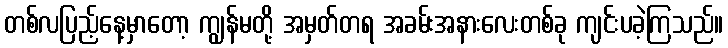
တစ်လပြည့်နေ့မှာတော့ ကျွန်မတို့ အမှတ်တရ အခမ်းအနားလေးတစ်ခု ကျင်းပခဲ့ကြသည်။